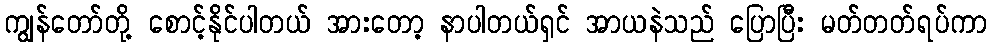
ကျွန်တော်တို့ စောင့်နိုင်ပါတယ် အားတော့ နာပါတယ်ရှင် အာယနဲသည် ပြောပြီး မတ်တတ်ရပ်ကာ